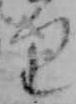
り